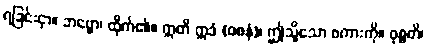
ရခြင်းငှာ။ ဘဗ္ဗော၊ ထိုက်၏။ ဣတိ ဣဒံ (ဝစနံ)၊ ဤသို့သော စကားကို။ ဝုစ္စတိ၊